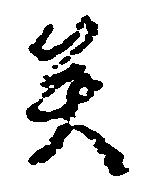
矣